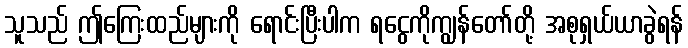
သူသည် ဤကြေးထည်များကို ရောင်းပြီးပါက ရငွေကိုကျွန်တော်တို့ အစုရှယ်ယာခွဲရန်